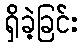
ရှိခဲ့ခြင်း